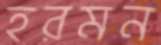
হরমন